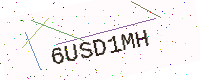
Text: 6USD1MH